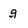
Character: q